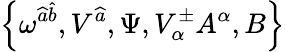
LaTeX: \left\{ \omega^{\widehat{a}\widehat{b}},V^{\widehat{a}},\Psi,V_{\alpha}^{\pm}A^{\alpha},B\right\}